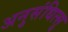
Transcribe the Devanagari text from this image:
अनुसंधित्सु